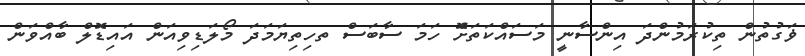
ޥަގުތުން ތިކުރަަަމުންދަަ އިންސާނީ މަސައްކަތަށޮް ހަމަ ސާބަސް ތހިތިޔަމަދަ މޯލަޑިވިއަން އައިޑޮލް ބާއްވަން